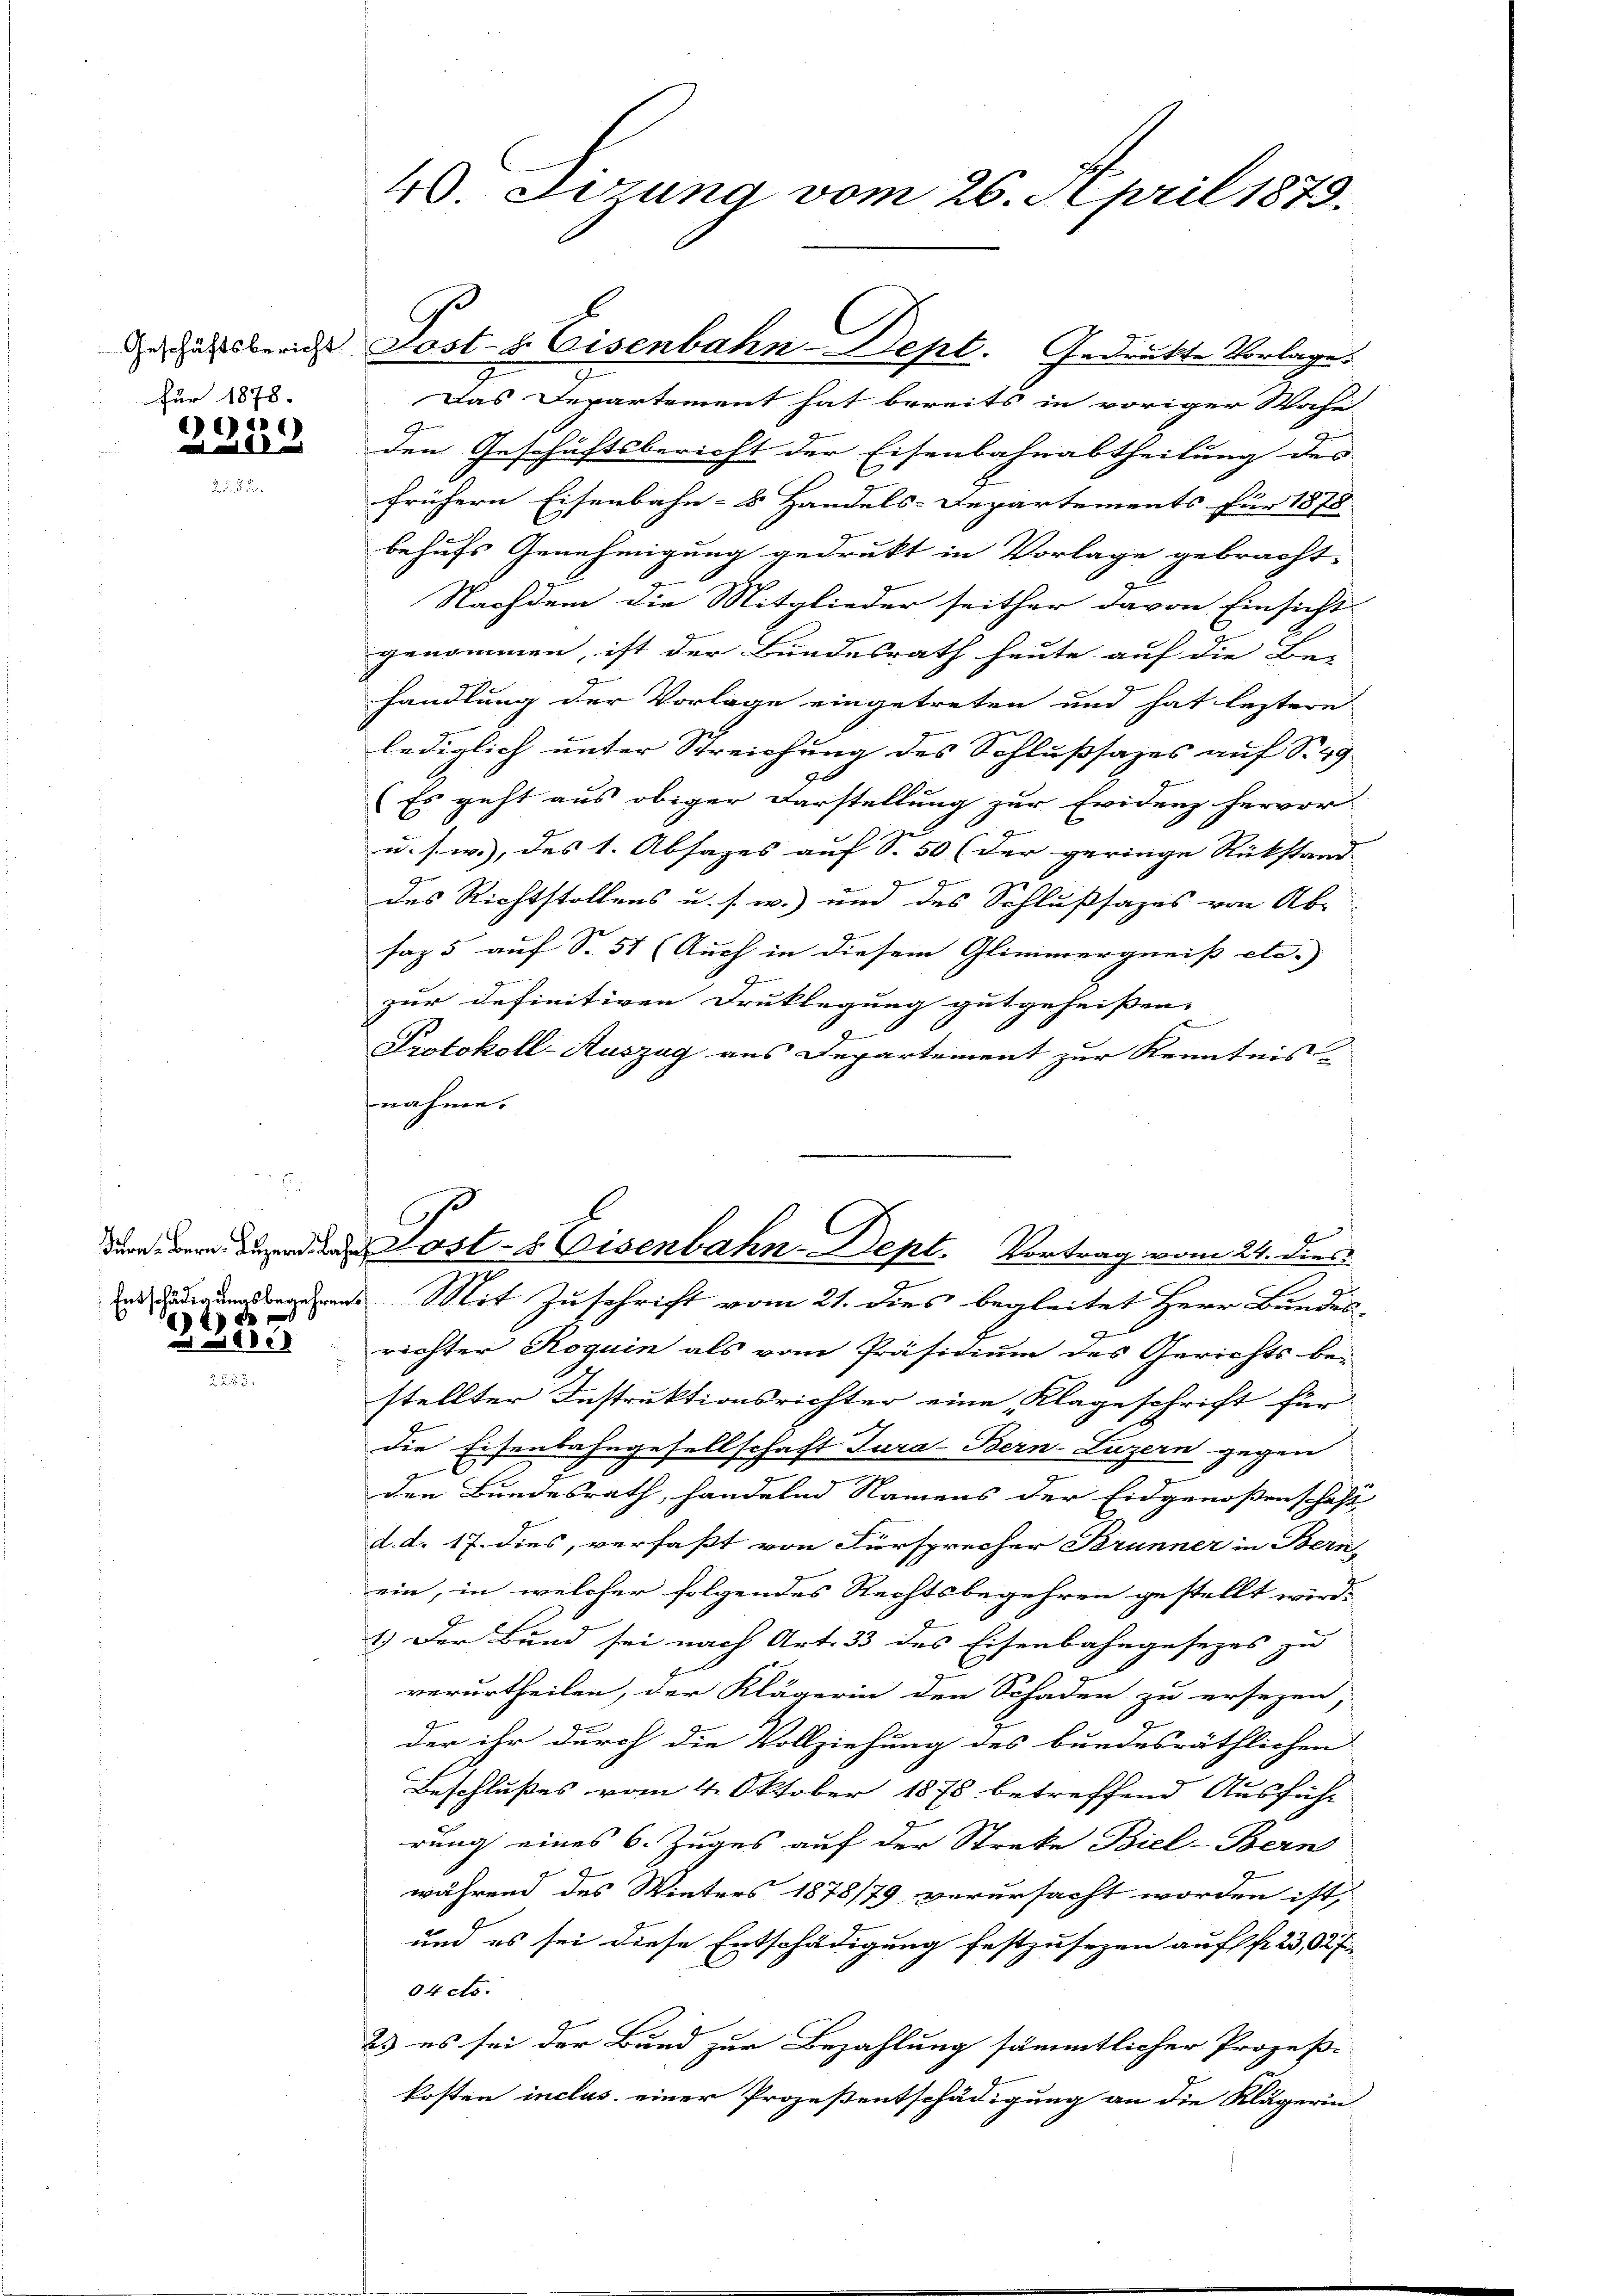
für 1878.

e
08

4)

1000

.

40. Setzung vom 26. April 1879.

Das Departement hat bereits in voriger Wohn
den Geschäftsbericht der Eisenbahnabtheilung des
frühern Eisenbahn-8 Handels-Departements für 1878
behufs Genehmigung gedrukt in Vorlage gebracht.
Nachdem die Mitglieder seither davon Einsicht
genommen, ist der Bundesrath heute auf die Be-
.
handlung der Vorlage eingetreten und hat leztere
lediglich unter Streichung des Schlußsazes auf S. 49
7l
e
Es geht aus obiger Darstellung zur Evidenz hervor.
u. s. w.), des 1. Absages auf S. 50 (der geringe Rückstand
e
2
des Richtstollens u. s. w.) um des Schlußsazes von Ab-
saz 5 auf S. 51 (Auch in diesem Glimmerganis etc.) |
zur definitiven Druklegung gutgeheißen. |
Protokoll-Auszug aus Departement zur Kenntnis
nahme.
en Mit Zuschrift vom 21. dies begleitet Herr Bundes-
richter Roguin als vom Präsidium des Gerichts be-
stellter Instruktionsrichter eine Klageschrift für
die Eisenbahngesellschaft Tura-Bern-Luzern gegen
den Bundesrath, handelnd Namens der Eidgenoßenschaft
d. d. 17. dies, verfaßt von Fürsprecher Brunner in Bern
ein, in welcher folgendes Rechtsbegehren gestellt wird.
1.) Der Bund sei nach Art. 33 des Eisenbahngesezes zu
verurtheilen, der Klägerin den Schaden zu ersezen,
der ihr durch die Vollziehung des bundesräthlichen
Beschlußes vom 4. Oktober 1875 betreffend Ausführ
rung eines 6. Zuges auf der Streke Biel-Bern
während des Winters 1878/79 verursacht worden ist,
und es sei diese Entschädigung festzusezen auf fr. 23,027
04 cts.
2) es sei der Bund zur Bezahlung sämmtlicher Prozeß-
kosten inclus. einer Prozeßentschädigung an die Klägerin

übende Post- & Eisenbahn-Dept. Gedruckte Vorlage.

17
dann der Bunde Post- Eisenbahn-Dept. Vortrag vom 24. dies